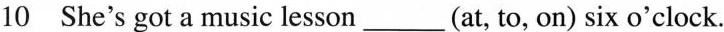
10 She's got a music lesson___(at, to, on) six o'clock.